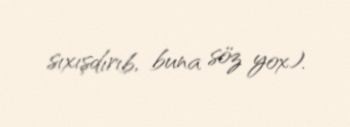
sıxışdırıb, buna söz yox).